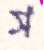
স